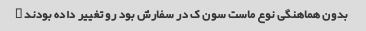
بدون هماهنگی نوع ماست سون ک در سفارش بود رو تغییر داده بودند …